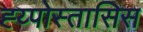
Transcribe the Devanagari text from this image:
ह्य्पोस्तासिस